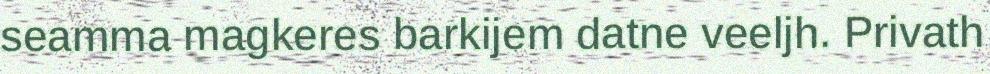
seamma magkeres barkijem datne veeljh. Privath